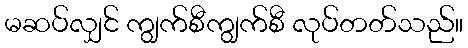
မဆပ်လျှင် ကျွက်စီကျွက်စီ လုပ်တတ်သည်။